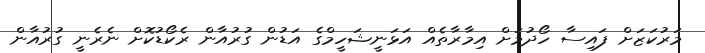
މަރުކަޒަށް ފައިސާ ހޯދުމަށް އިމާރާތެއް އަޅަނީޝަހީމްގެ އަޑުން ގުރުުއާން ރެކޯޑުކޮށް ނެރެނީ ގުރުއާން